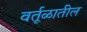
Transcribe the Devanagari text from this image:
वर्तूळातील